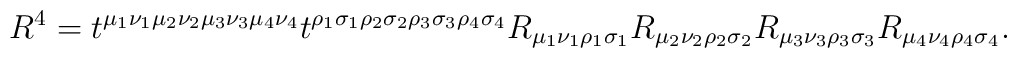
R^4 = t^{\mu_1\nu_1\mu_2\nu_2\mu_3\nu_3 \mu_4\nu_4}t^{\rho_1\sigma_1\rho_2\sigma_2\rho_3\sigma_3\rho_4\sigma_4}R_{\mu_1\nu_1\rho_1\sigma_1}R_{\mu_2\nu_2\rho_2\sigma_2}R_{\mu_3\nu_3\rho_3\sigma_3}R_{\mu_4\nu_4\rho_4\sigma_4}.